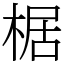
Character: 椐